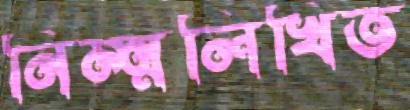
নিম্ন্নলিখিত